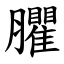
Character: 臞